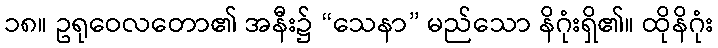
၁၈။ ဥရုဝေလတော၏ အနီး၌ “သေနာ” မည်သော နိဂုံးရှိ၏။ ထိုနိဂုံး